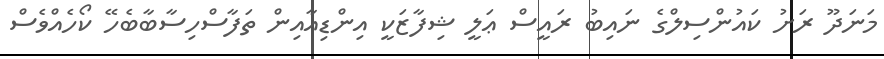
މަނަދޫ ރަށު ކައުންސިލްގެ ނައިބު ރައީސް ޢަލީ ޝިފާޒަކީ އިންޑިއާއިން ތަފާސްހިސާބާބެހޭ ކޯހެއްވެސް